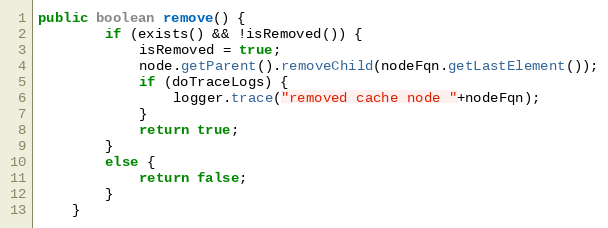
Language: Java
public boolean remove() {
		if (exists() && !isRemoved()) {
			isRemoved = true;
			node.getParent().removeChild(nodeFqn.getLastElement());
			if (doTraceLogs) {
				logger.trace("removed cache node "+nodeFqn);
			}
			return true;
		}
		else {
			return false;
		}
	}